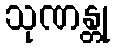
သုဏန္တု